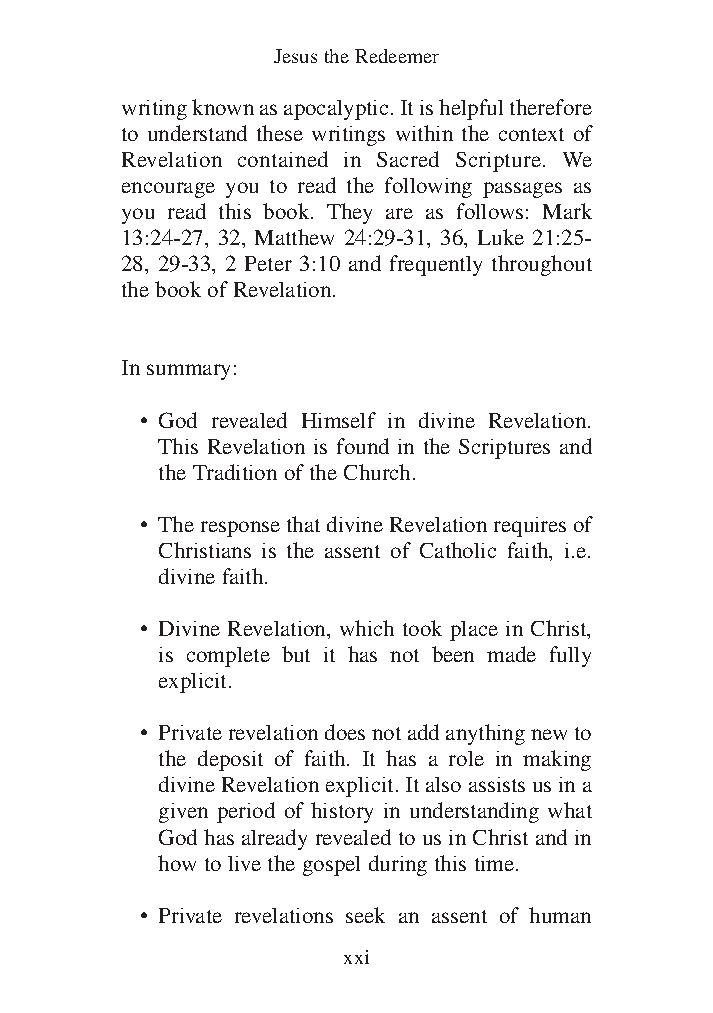
DFOT Vol 5 No App_1 12/3/13 8:54 PM Page xxi
 Jesus the Redeemer
 writing known as apocalyptic. It is helpful therefore
 to understand these writings within the context of
 Revelation contained in Sacred Scripture. We
 encourage you to read the following passages as
 you read this book. They are as follows: Mark
 13:24-27, 32, Matthew 24:29-31, 36, Luke 21:25-
 28, 29-33, 2 Peter 3:10 and frequently throughout
 the book of Revelation.
 In summary:
 • God revealed Himself in divine Revelation.
 This Revelation is found in the Scriptures and
 the Tradition of the Church.
 • The response that divine Revelation requires of
 Christians is the assent of Catholic faith, i.e.
 divine faith.
 • Divine Revelation, which took place in Christ,
 is complete but it has not been made fully
 explicit.
 • Private revelation does not add anything new to
 the deposit of faith. It has a role in making
 divine Revelation explicit. It also assists us in a
 given period of history in understanding what
 God has already revealed to us in Christ and in
 how to live the gospel during this time.
 • Private revelations seek an assent of human
 xxi